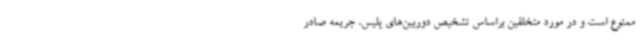
ممنوع است و در مورد متخلفین براساس تشخیص دوربین‌های پلیس، جریمه صادر